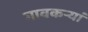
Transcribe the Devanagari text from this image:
गावकऱ्यां